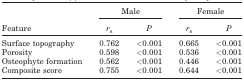
<table><thead><tr><td rowspan="2"><b>Feature</b></td><td colspan="2"><b>Male</b></td><td colspan="2"><b>Female</b></td></tr><tr><td><b><i>r</i><sub>s</sub></b></td><td><b><i>P</i></b></td><td><b><i>r</i><sub>s</sub></b></td><td><b><i>P</i></b></td></tr></thead><tbody><tr><td>Surface topography</td><td>0.762</td><td>&lt;0.001</td><td>0.665</td><td>&lt;0.001</td></tr><tr><td>Porosity</td><td>0.598</td><td>&lt;0.001</td><td>0.536</td><td>&lt;0.001</td></tr><tr><td>Osteophyte formation</td><td>0.562</td><td>&lt;0.001</td><td>0.446</td><td>&lt;0.001</td></tr><tr><td>Composite score</td><td>0.755</td><td>&lt;0.001</td><td>0.644</td><td>&lt;0.001</td></tr></tbody></table>